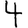
Digit: 4